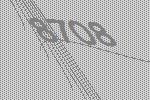
8708